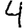
Digit: 4